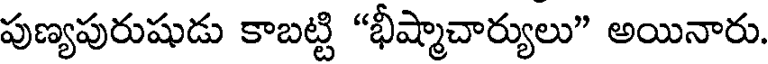
పుణ్యపురుషుడు కాబట్టి "భీష్మాచార్యులు" అయినారు.